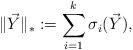
LaTeX: \begin{align*}\|\vec{Y}\|_* := \sum_{i=1}^{k} \sigma_i(\vec{Y}), \end{align*}